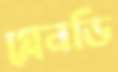
গ্লেনডি